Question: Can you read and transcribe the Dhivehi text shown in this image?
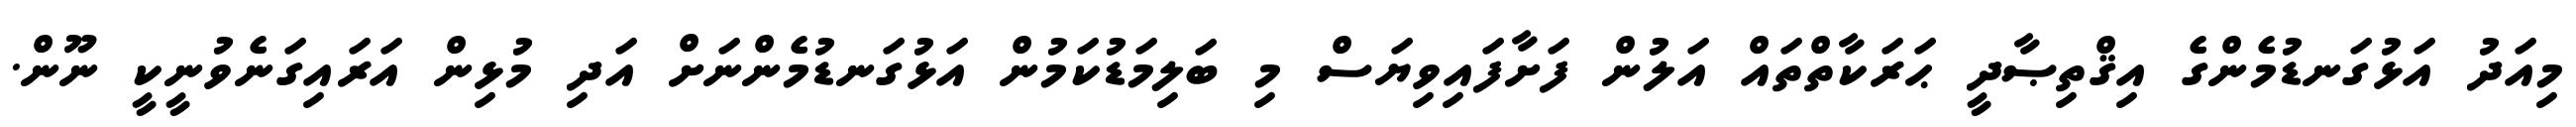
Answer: މިއަދު އަޅުގަނޑުމެންގެ އިޤްތިޞާދީ ޙަރަކާތްތައް އަލުން ފަށާފައިވިޔަސް މި ބަލިމަޑުކަމުން އަޅުގަނޑުމެންނަށް އަދި މުޅިން އަރައިގަނެވުނީކީ ނޫން.